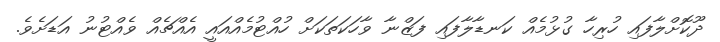
ދޫކޮށްލާފައި ހުރިހާ ގުޅުމެއް ކަނޑާލާފައި ފަޒްނާ ވާހަކަތަކަށް ހުއްޓުމެއްއައީ އެއްޗެއް ވެއްޓުނު އަޑަށެވެ.